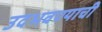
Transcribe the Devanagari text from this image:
उदभवण्याची